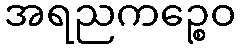
အရညကဉ္စေဝ